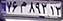
۷۶م۸۹۲۱۳